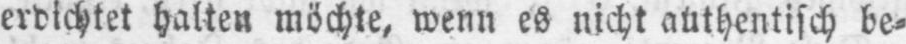
erdichtet halten möchte, wenn es nicht authentisch be⸗